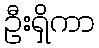
ဦးရှိကာ